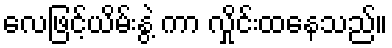
လေဖြင့်ယိမ်းနွဲ့ ကာ လှိုင်းထနေသည်။